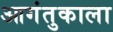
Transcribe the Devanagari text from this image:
आगंतुकाला